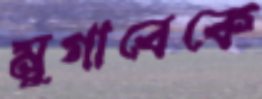
মুগাবেকে